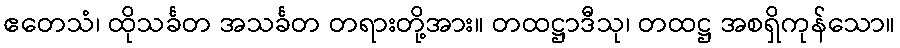
ဧတေသံ၊ ထိုသင်္ခတ အသင်္ခတ တရားတို့အား။ တထဋ္ဌာဒီသု၊ တထဋ္ဌ အစရှိကုန်သော။